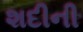
શદીની